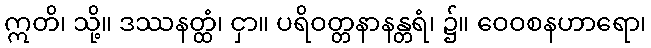
ဣတိ၊ သို့။ ဒဿနတ္ထံ၊ ငှာ။ ပရိဝတ္တနာနန္တရံ၊ ၌။ ဝေဝစနဟာရော၊